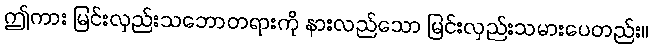
ဤကား မြင်းလှည်းသဘောတရားကို နားလည်သော မြင်းလှည်းသမားပေတည်း။